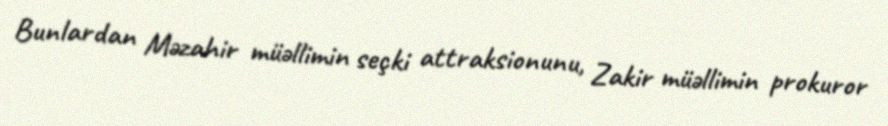
Bunlardan Məzahir müəllimin seçki attraksionunu, Zakir müəllimin prokuror